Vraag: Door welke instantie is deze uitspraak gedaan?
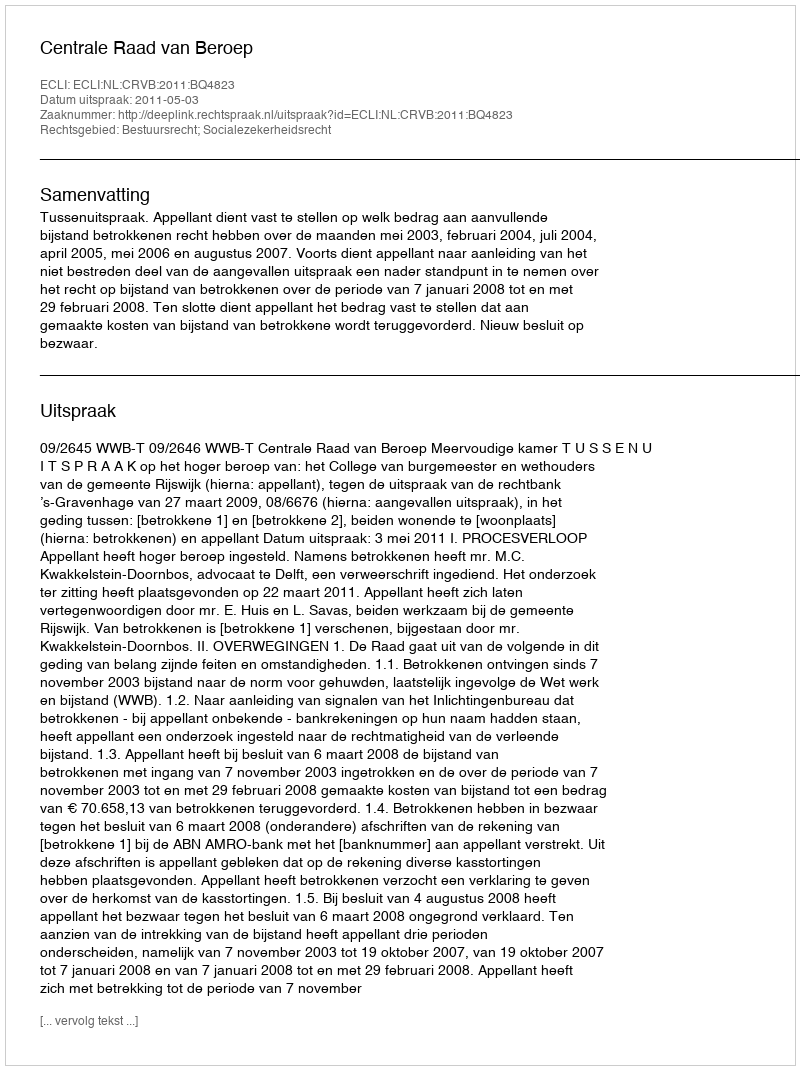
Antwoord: Centrale Raad van Beroep